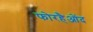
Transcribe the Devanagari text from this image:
फोरहैओंद